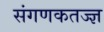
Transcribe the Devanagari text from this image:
संगणकतज्‍ज्ञ